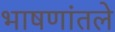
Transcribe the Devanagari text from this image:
भाषणांतले